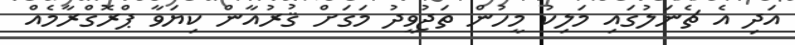
އަދި އެ ޗެނަލުގައި މަލިކު މީހުން ތަޖުވީދު މަގަށް ޤުރުއާން ކިޔަވާ ޕްރޮގްރާމެއް